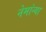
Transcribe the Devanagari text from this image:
नेमांन्या